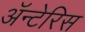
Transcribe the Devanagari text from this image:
अॅन्टेरिस